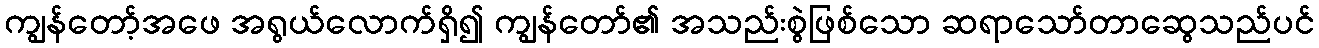
ကျွန်တော့်အဖေ အရွယ်လောက်ရှိ၍ ကျွန်တော်၏ အသည်းစွဲဖြစ်သော ဆရာသော်တာဆွေသည်ပင်